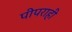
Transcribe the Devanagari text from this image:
पीपराही